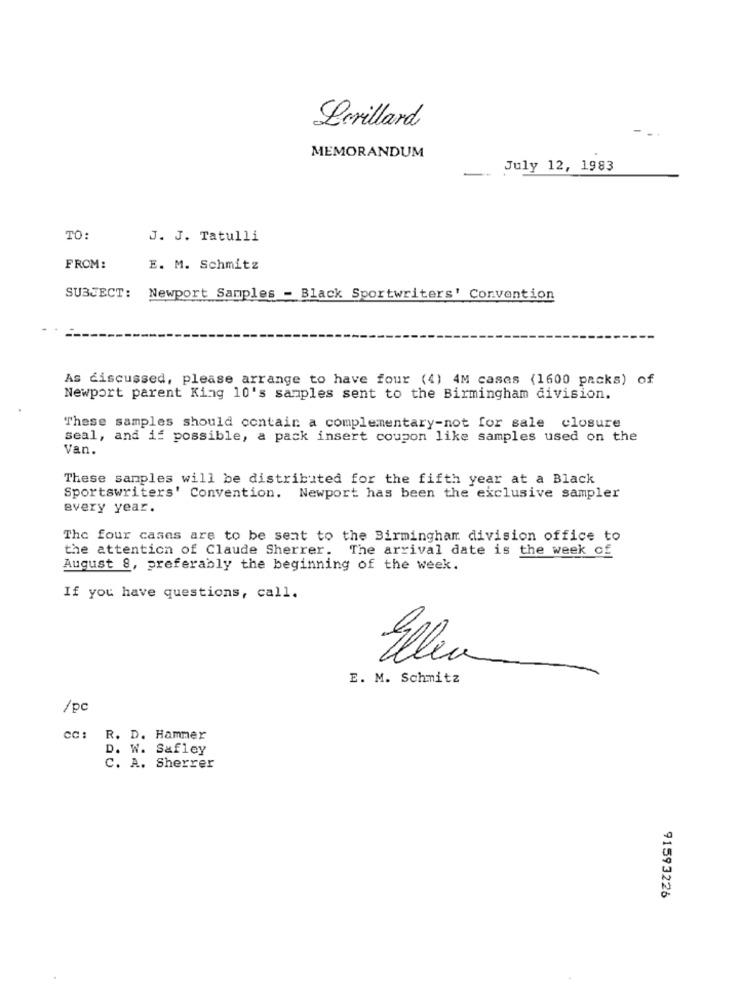
Lorillard
-.
MEMORANDUM
July 12, 1983
TO:
J. J. Tatulli
FROM:
E. M. Schmitz
SUBJECT:
Newport Samples - Black Sportwriters' Convention
As discussed, please arrange to have four (4) 4M cases (1600 packs) of
Newport parent King 10's samples sent to the Birmingham division.
These samples should contain a complementary-not for sale closure
Seal, and if possible, a pack insert coupon like samples used on the
Van.
These samples will be distributed for the fifth year at a Black
Sportswriters' Convention. Newport has been the exclusive sampler
every year.
The four cases are to be sent to the Birmingham division office to
the attention of Claude Sherrer.
The arrival date is the week of
August 8, preferably the beginning of the week.
If you have questions, call.
Ellea
E. M. Schmitz
/pc
cc :
R. D. Hammer
D. W. Safley
C. A. Sherrer
91593226